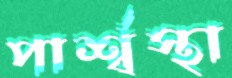
পার্শ্বস্থা